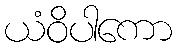
ယံဝိပါကော